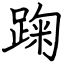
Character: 踘